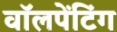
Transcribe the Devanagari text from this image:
वॉलपेंटिंग